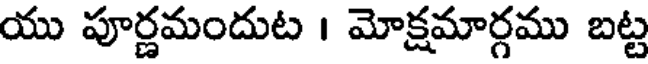
యు పూర్ణమందుట । మోక్షమార్గము బట్ట